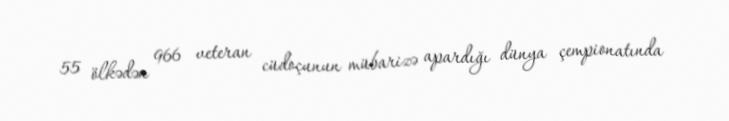
55 ölkədən 966 veteran cüdoçunun mübarizə apardığı dünya çempionatında